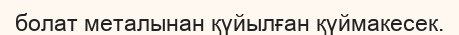
болат металынан қүйылған қүймакесек.